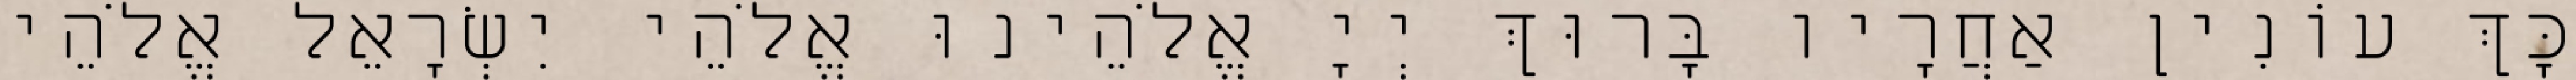
כָּךְ עוֹנִין אַחֲרָיו בָּרוּךְ יְיָ אֱלֹהֵינוּ אֱלֹהֵי יִשְׂרָאֵל אֱלֹהֵי